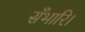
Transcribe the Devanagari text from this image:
सँभारि।